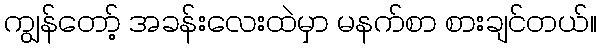
ကျွန်တော့် အခန်းလေးထဲမှာ မနက်စာ စားချင်တယ်။